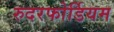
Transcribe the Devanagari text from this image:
रुदरफोर्डियम